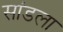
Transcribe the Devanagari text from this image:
सांडला